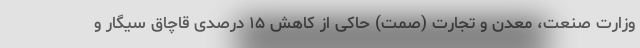
وزارت صنعت، معدن و تجارت (صمت) حاکی از کاهش ۱۵ درصدی قاچاق سیگار و